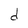
Character: d